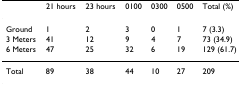
<table><thead><tr><td></td><td><b>21 hours</b></td><td><b>23 hours</b></td><td><b>0100</b></td><td><b>0300</b></td><td><b>0500</b></td><td><b>Total (%)</b></td></tr></thead><tbody><tr><td>Ground</td><td>1</td><td>2</td><td>3</td><td>0</td><td>1</td><td>7 (3.3)</td></tr><tr><td>3 Meters</td><td>41</td><td>12</td><td>9</td><td>4</td><td>7</td><td>73 (34.9)</td></tr><tr><td>6 Meters</td><td>47</td><td>25</td><td>32</td><td>6</td><td>19</td><td>129 (61.7)</td></tr><tr><td>Total</td><td>89</td><td>38</td><td>44</td><td>10</td><td>27</td><td>209</td></tr></tbody></table>